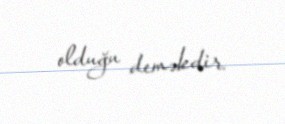
olduğu deməkdir.